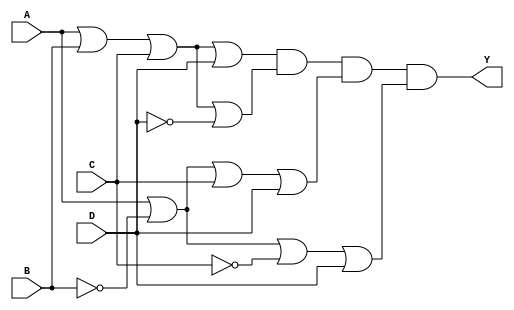
module product_of_sums (
    input wire A,
    input wire B,
    input wire C,
    input wire D,
    output wire Y
);

// Define the sum terms based on specific minterms of the function
// For example, let's say the minterms are 0, 1, 3, and 5 (A'B'C'D', A'B'C'D, A'B'C'D, A'BC'D)
// Corresponding sum terms are: 
// 1. Minterm 0: (A + B + C + D)
// 2. Minterm 1: (A + B + C + D')
// 3. Minterm 3: (A + B' + C + D)
// 4. Minterm 5: (A + B' + C' + D)

// Declare internal wires for sum terms
wire sum_term1;
wire sum_term2;
wire sum_term3;
wire sum_term4;

// Create each sum term
// Sum term for minterm 0: (A + B + C + D)
assign sum_term1 = A | B | C | D;

// Sum term for minterm 1: (A + B + C + D')
assign sum_term2 = A | B | C | ~D;

// Sum term for minterm 3: (A + B' + C + D)
assign sum_term3 = A | ~B | C | D;

// Sum term for minterm 5: (A + B' + C' + D)
assign sum_term4 = A | ~B | ~C | D;

// Final output Y is the AND of all sum terms (Product of Sums)
assign Y = sum_term1 & sum_term2 & sum_term3 & sum_term4;

endmodule